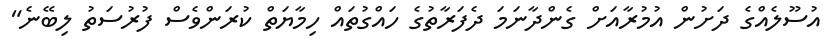
އުސޫލެއްގެ ދަށުން އުމުރާއަށް ގެންދާނަމަަ ދެފަރާތުގެ ހައްގުތައް ހިމާޔަތް ކުރަންވެސް ފުރުސަތު ލިބޭނެ"